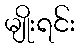
မျိုးရင်း